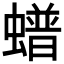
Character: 𧑹